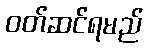
ဝတ်ဆင်ရမည်